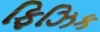
ફિઝિક